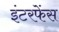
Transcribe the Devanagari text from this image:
इंटरफेंस